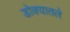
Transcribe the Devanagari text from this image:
डोक्यातले